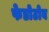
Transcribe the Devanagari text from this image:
फेडोटोव